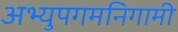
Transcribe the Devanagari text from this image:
अभ्युपगमनिगामी